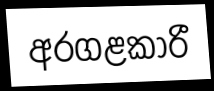
අරගළකාරී